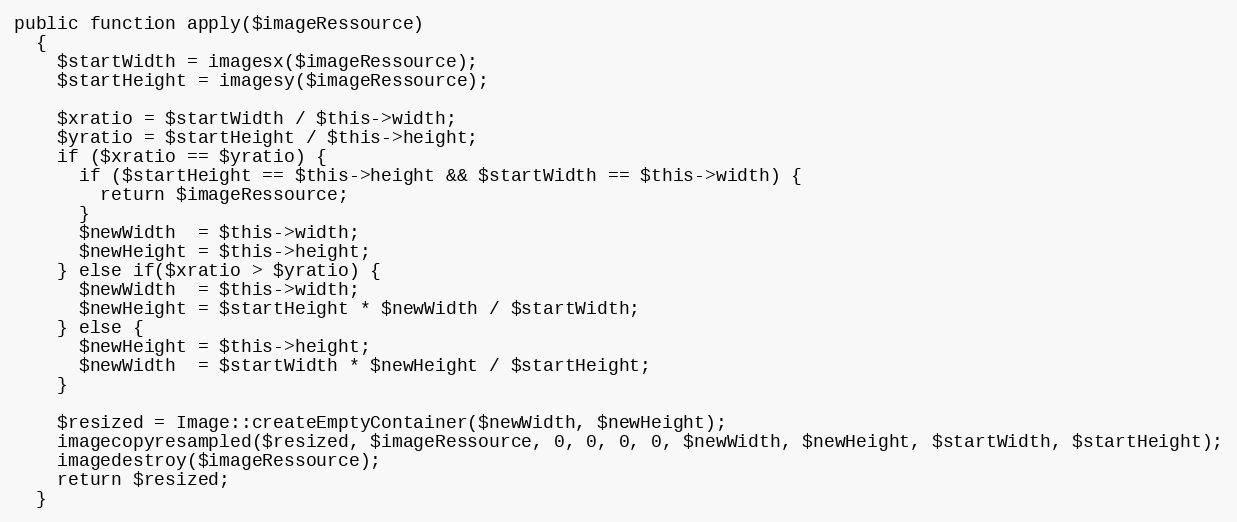
Language: PHP
public function apply($imageRessource)
  {
    $startWidth = imagesx($imageRessource);
    $startHeight = imagesy($imageRessource);

    $xratio = $startWidth / $this->width;
    $yratio = $startHeight / $this->height;
    if ($xratio == $yratio) {
      if ($startHeight == $this->height && $startWidth == $this->width) {
        return $imageRessource;
      }
      $newWidth  = $this->width;
      $newHeight = $this->height;
    } else if($xratio > $yratio) {
      $newWidth  = $this->width;
      $newHeight = $startHeight * $newWidth / $startWidth;
    } else {
      $newHeight = $this->height;
      $newWidth  = $startWidth * $newHeight / $startHeight;
    }

    $resized = Image::createEmptyContainer($newWidth, $newHeight);
    imagecopyresampled($resized, $imageRessource, 0, 0, 0, 0, $newWidth, $newHeight, $startWidth, $startHeight);
    imagedestroy($imageRessource);
    return $resized;
  }